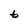
Character: t